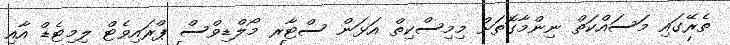
ތެރޭގައި މަސައްކަތް ނިންމާގޮތަށް މިމިސްކިތް އަޅަން ސްޓާރ މޯލްޑިވްސް ޕްރައިވެޓް ލިމިޓެޑް އާއި